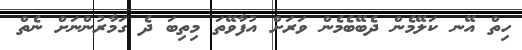
ހިތް އޭނ ކަލޭމެން ދެބޭބެމެން ވަރަށް އުފާވޭތަ މިތިބަ ދެ ގަމާރުންނަށް ނެތް